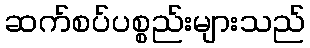
ဆက်စပ်ပစ္စည်းများသည်